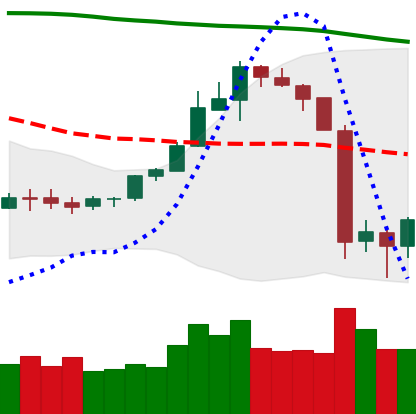
Ticker: ETH-USD
Chart end date: 2019-09-27
Forward return: 3.434%
Label: up_3_5